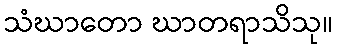
သံဃာတော ဃာတရာသိသု။